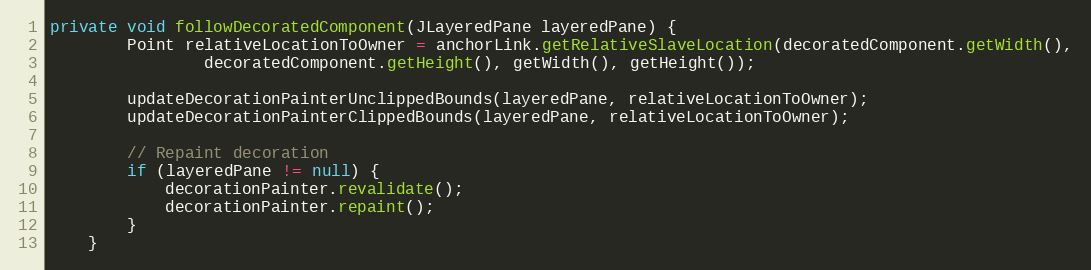
Language: Java
private void followDecoratedComponent(JLayeredPane layeredPane) {
        Point relativeLocationToOwner = anchorLink.getRelativeSlaveLocation(decoratedComponent.getWidth(),
                decoratedComponent.getHeight(), getWidth(), getHeight());

        updateDecorationPainterUnclippedBounds(layeredPane, relativeLocationToOwner);
        updateDecorationPainterClippedBounds(layeredPane, relativeLocationToOwner);

        // Repaint decoration
        if (layeredPane != null) {
            decorationPainter.revalidate();
            decorationPainter.repaint();
        }
    }